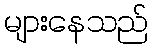
များနေသည်